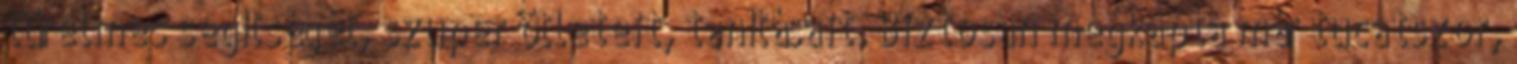
türelmes segÍtségét, szuper ötleteit, tanÍtásait. Biztosan megkapta már tucatszor,